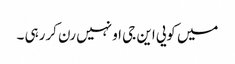
میں کویی این جی او نہیں رن کررہی ۔